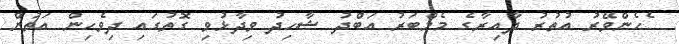
ެހެންވޭރު އުތުރު ދާއިރާގެ މެމްބަރު އަބްދު ޝާހިދު ވިދާޅުވި ގޮތުގައި ދިވެހިން އަތުން